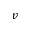
\boldsymbol { v }